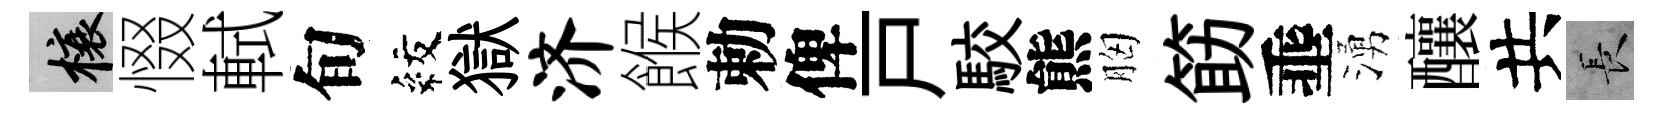
榱惙軾旬紋獄济餱勅俾戸駮熊胸筯埀湧釀共长